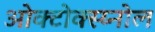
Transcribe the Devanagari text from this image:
ओक्टोक्स्य्नोल